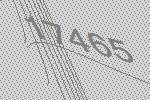
17465